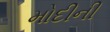
મોદીની